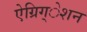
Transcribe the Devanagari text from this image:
ऐग्रिग्‌ेशन